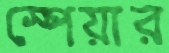
স্পেয়ার